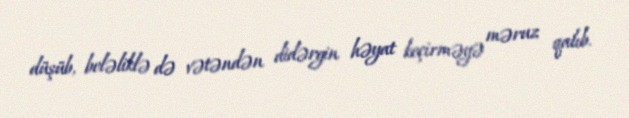
düşüb, beləliklə də vətəndən didərgin həyat keçirməyə məruz qalıb.